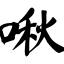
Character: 啾